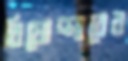
বিষোদ্গারের